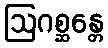
ဩဂစ္ဆန္တေ